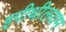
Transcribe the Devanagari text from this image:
इपीथीलयम